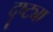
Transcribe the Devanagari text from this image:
दॄष्ट्या